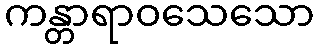
ကန္တာရာဝသေသော